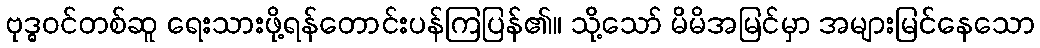
ဗုဒ္ဓဝင်တစ်ဆူ ရေးသားဖို့ရန်တောင်းပန်ကြပြန်၏။ သို့သော် မိမိအမြင်မှာ အများမြင်နေသော